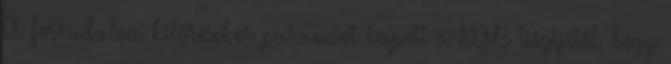
A forradalom kitörésekor parancsot kapott a KGB tisztjétől, hogy